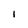
Character: l